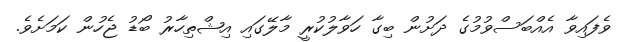
ވެފައިވާ އެއްބަސްވުމުގެ ދަށުން ބިގާ ހަވާލުކުރީ މާލޭގައި އިޝްތިހާރު ބޯޑު ޖެހުން ކަމަށެވެ.